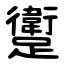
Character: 躗